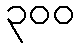
၃၀၀